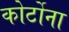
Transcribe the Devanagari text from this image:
कोर्टोना